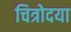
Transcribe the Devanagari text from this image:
चित्रोदया